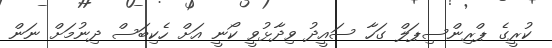
ކުރީގެ ޕްރިންސިޕަލް ގަހާ ސައީދު ވިދާޅުވީ ކޯނީ އަށް ހެކިބަސް ދިނުމަށް ނަން